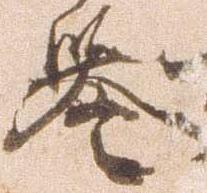
誉